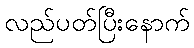
လည်ပတ်ပြီးနောက်